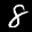
Digit: 8